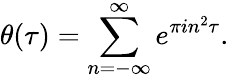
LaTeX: \theta(\tau)=\sum_{n=-\infty}^{\infty}e^{\pi in^{2}\tau}.